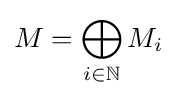
M=\bigoplus _{i\in \mathbb {N} }M_{i}